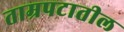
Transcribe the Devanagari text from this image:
ताम्रपटातील